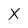
Character: X